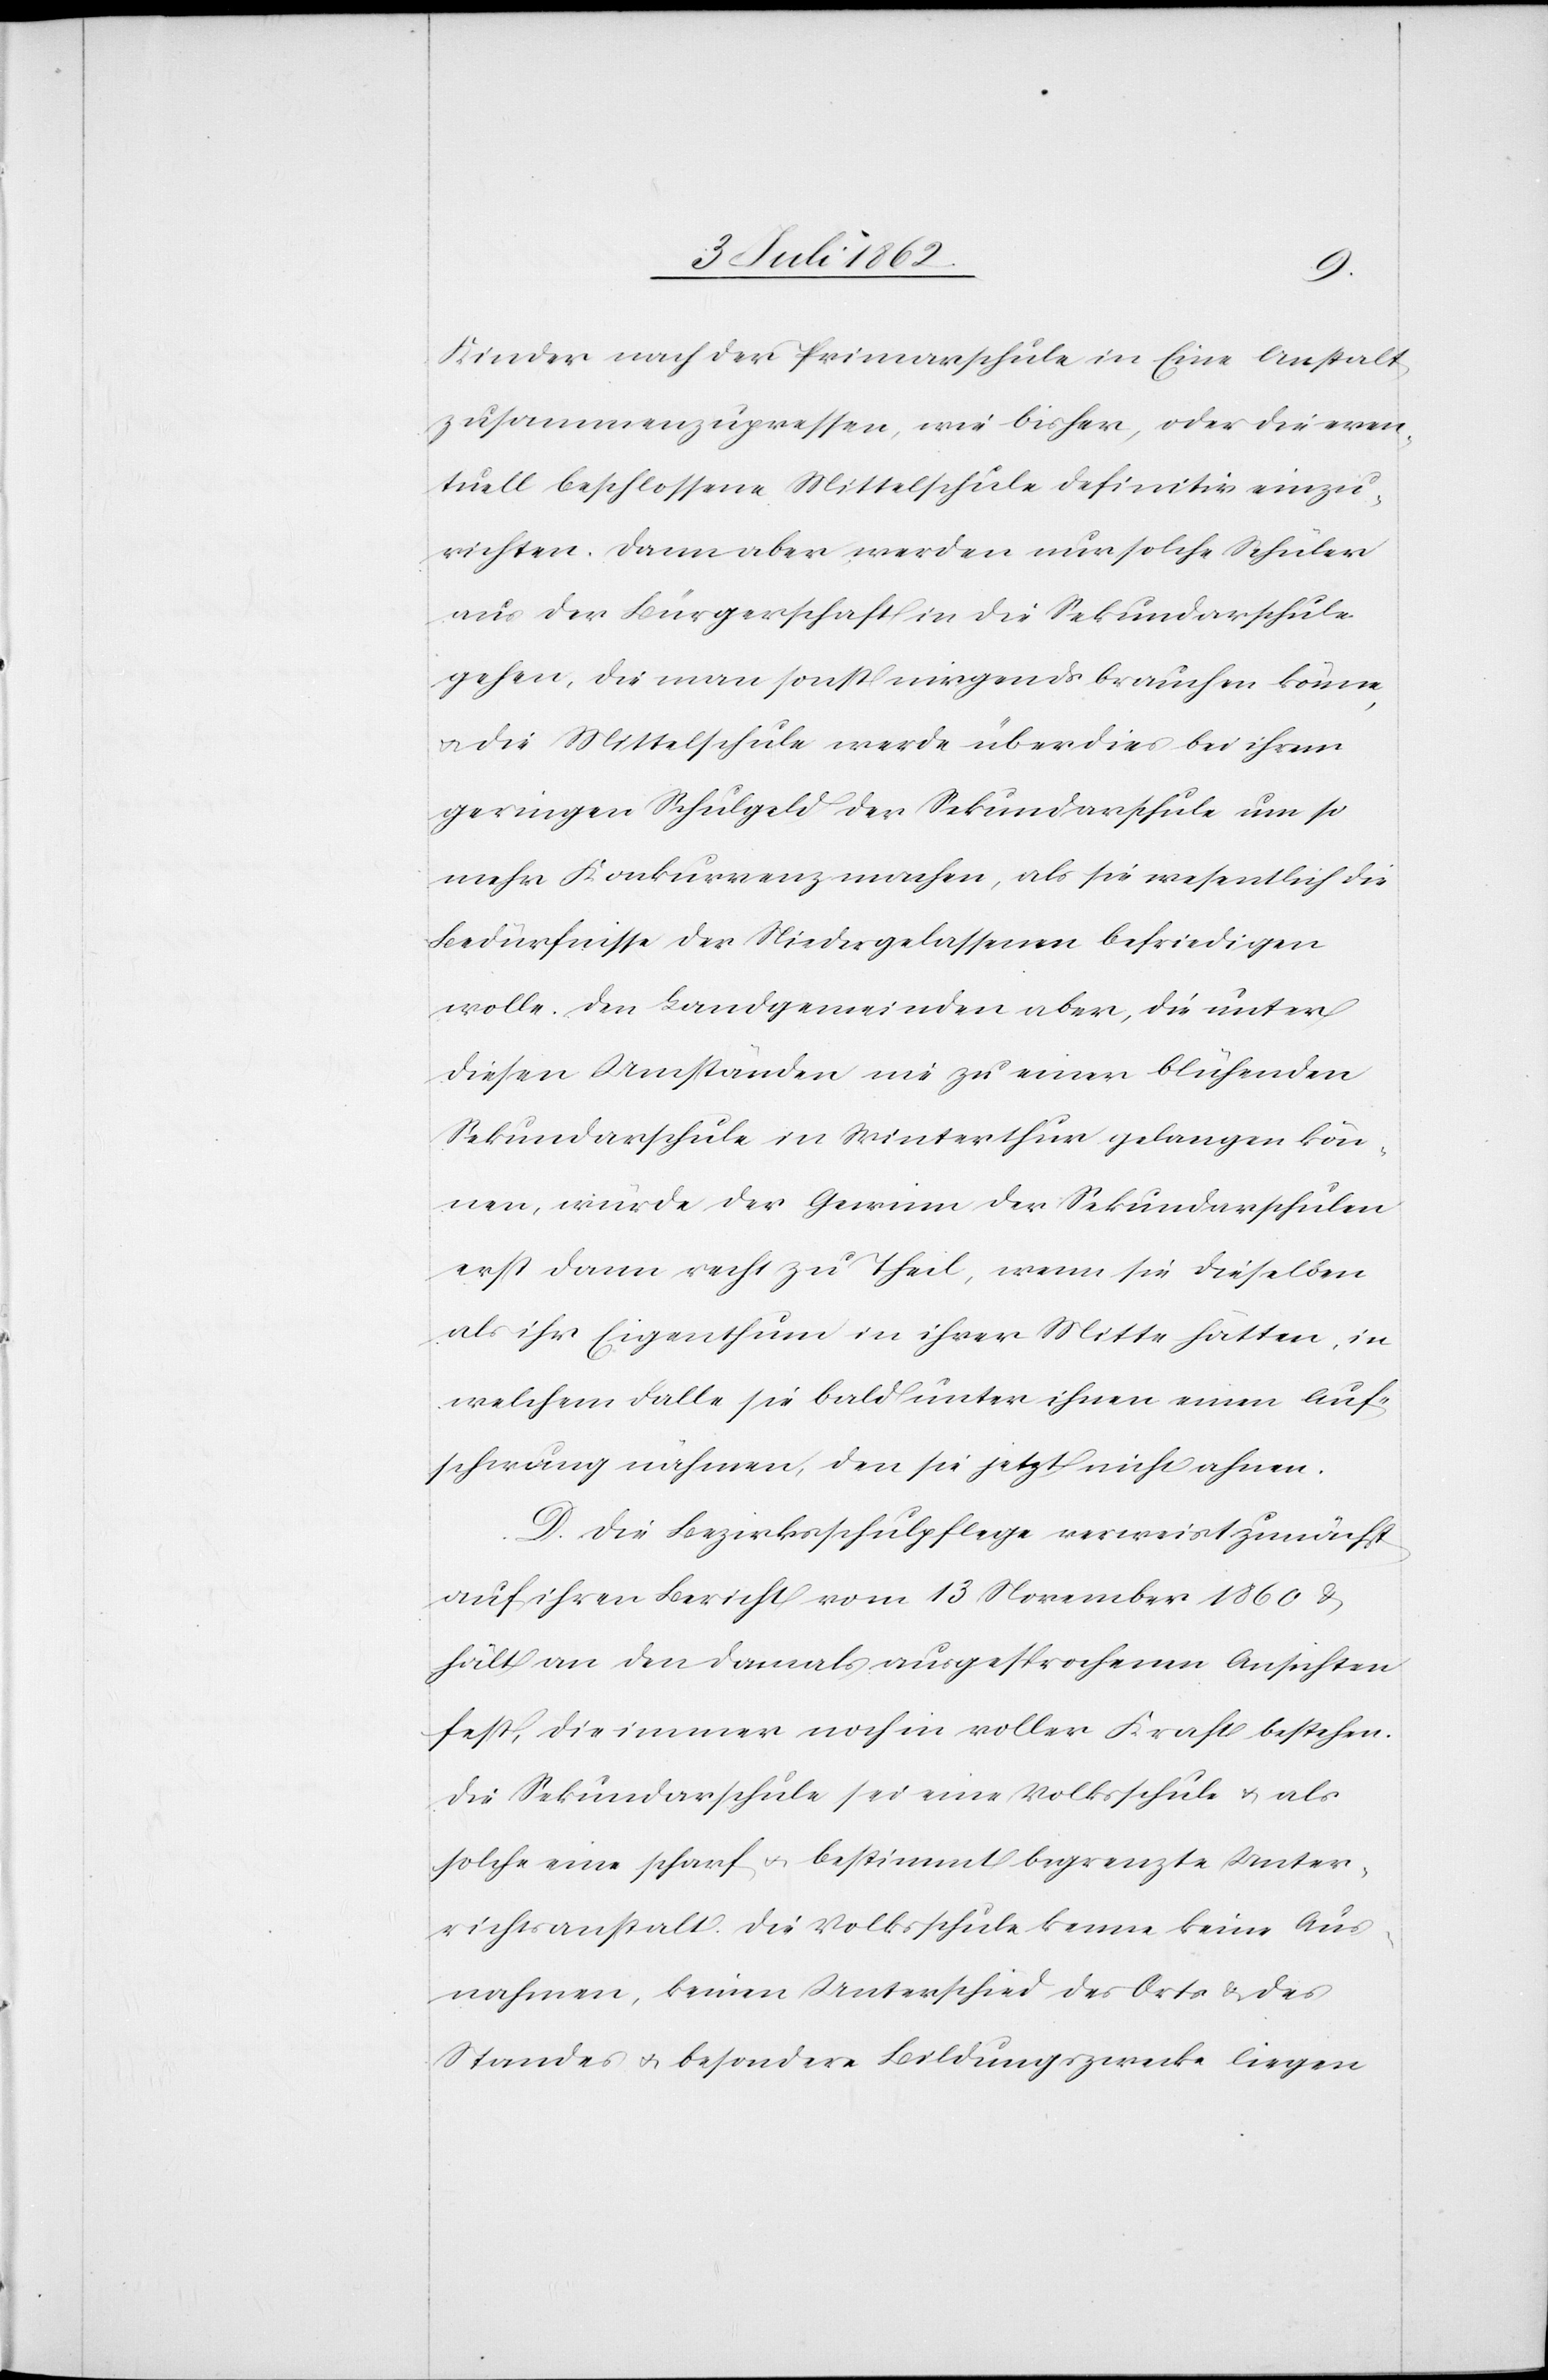
Kinder nach der Primarschule in Eine Anstalt
zusammenzupressen, wie bisher, oder die even¬
tuell beschlossene Mittelschule definitiv einzu¬
richten. Dann aber werden nur solche Schüler
aus der Bürgerschaft in die Sekundarschule
gehen, die man sonst nirgends brauchen könne,
u. die Mittelschule werde überdies bei ihrem
geringern Schulgeld der Sekundarschule um so
mehr Konkurrenz machen, als sie wesentlich die
Bedürfnisse der Niedergelassenen befriedigen
wolle. Den Landgemeinden aber, die unter
diesen Umständen nie zu einer blühenden
Sekundarschule in Winterthur gelangen kön¬
nen, würde der Gewinn der Sekundarschulen
erst dann recht zu Theil, wenn sie dieselben
als ihr Eigenthum in ihrer Mitte hätten, in
welchem Falle sie bald unter ihnen einen Auf¬
schwung nähmen, den sie jetzt nicht ahnen.
D. Die Bezirksschulpflege verweist zunächst
auf ihren Bericht vom 13 November 1860 u.
hält an den damals ausgesprochenen Ansichten
fest, die immer noch in voller Kraft bestehen.
Die Sekundarschule sei eine Volksschule u. als
solche eine scharf u. bestimmt begrenzte Unter¬
richtsanstalt. Die Volksschule kenne keine Aus¬
nahmen, keinen Unterschied des Orts u. des
Standes u. besondere Bildungszwecke liegen